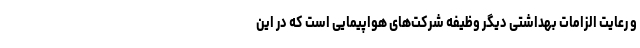
و رعایت الزامات بهداشتی دیگر وظیفه شرکت‌های هواپیمایی است که در این